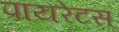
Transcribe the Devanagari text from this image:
पायरेटस्